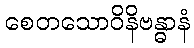
စေတသောဝိနိဗန္ဓာနံ